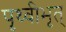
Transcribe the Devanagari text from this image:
पृथ्वीभृत्